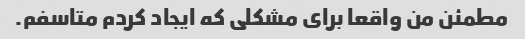
مطمئن من واقعا برای مشکلی که ایجاد کردم متاسفم.